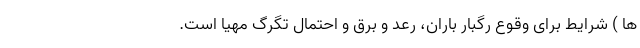
ها ) شرایط برای وقوع رگبار باران، رعد و برق و احتمال تگرگ مهیا است.